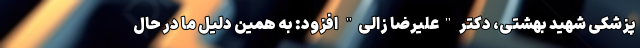
پزشکی شهید بهشتی، دکتر "علیرضا زالی" افزود: به همین دلیل ما در حال